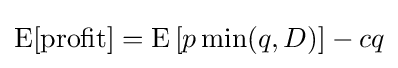
\operatorname {E} [{\text{profit}}]=\operatorname {E} \left[p\min(q,D)\right]-cq